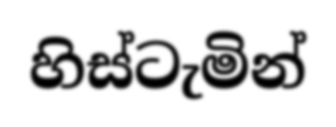
හිස්ටැමින්